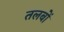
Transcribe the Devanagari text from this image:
तलबों